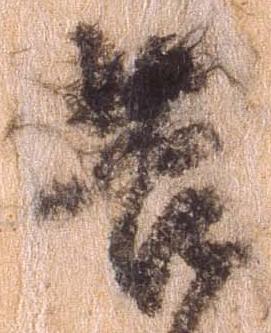
告